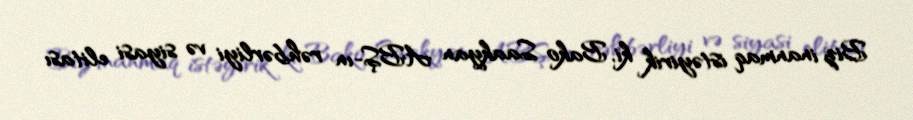
Biz inanmaq istəyirik ki, Bako Saakyan ABŞ-ın rəhbərliyi və siyasi elitası